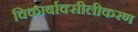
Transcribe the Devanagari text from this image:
विकार्बाक्सीलीकरण